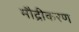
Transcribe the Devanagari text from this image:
मौद्रीकरण